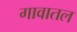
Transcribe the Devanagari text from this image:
गावातल